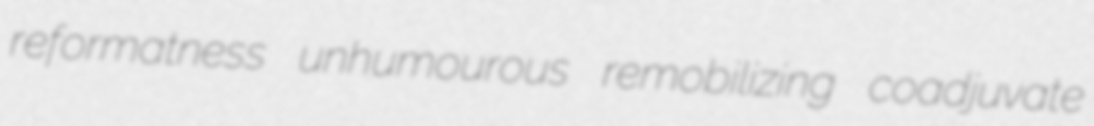
reformatness unhumourous remobilizing coadjuvate